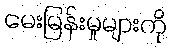
မေးမြန်းမှုများကို